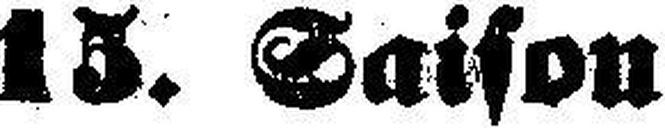
15. Saison